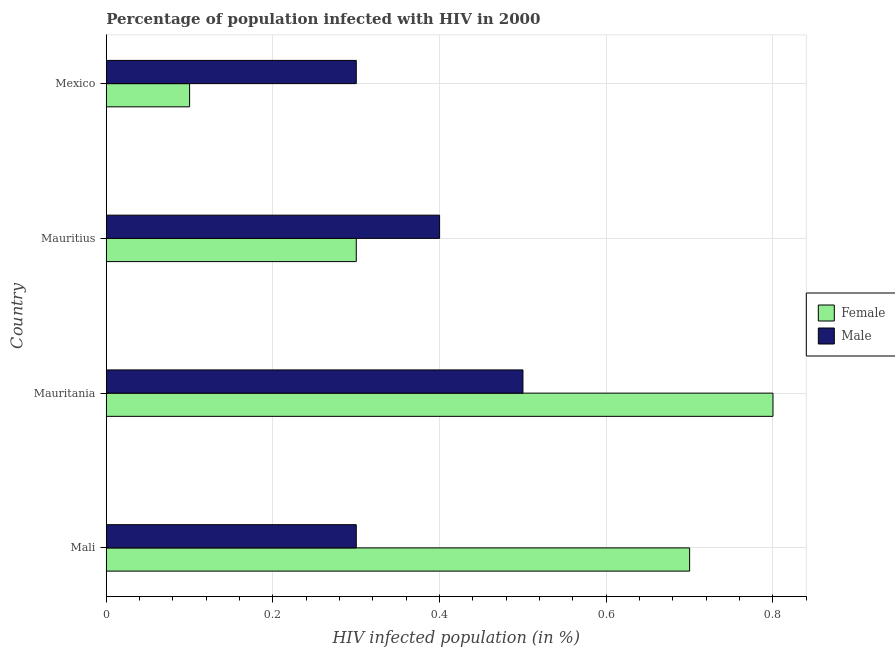
| Country | Female | Male |
 | --- | --- | --- |
 | Mali | 0.7 | 0.3 |
 | Mauritania | 0.8 | 0.5 |
 | Mauritius | 0.3 | 0.4 |
 | Mexico | 0.1 | 0.3 |